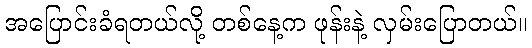
အပြောင်းခံရတယ်လို့ တစ်နေ့က ဖုန်းနဲ့ လှမ်းပြောတယ်။